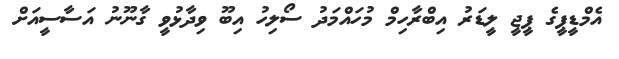
އެމްޑީޕީގެ ޕީޖީ ލީޑަރު އިބްރާހިމް މުހައްމަދު ސޯލިހު އިބޫ ވިދާޅުވީ ގާނޫނު އަސާސީއަށް